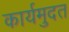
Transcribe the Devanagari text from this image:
कार्यमुदत